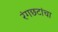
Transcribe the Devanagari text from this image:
रंगछटांचा